Civil Veterinary Dept. Bombay admin report 1893-99 - 1893-1899
Year: 1893
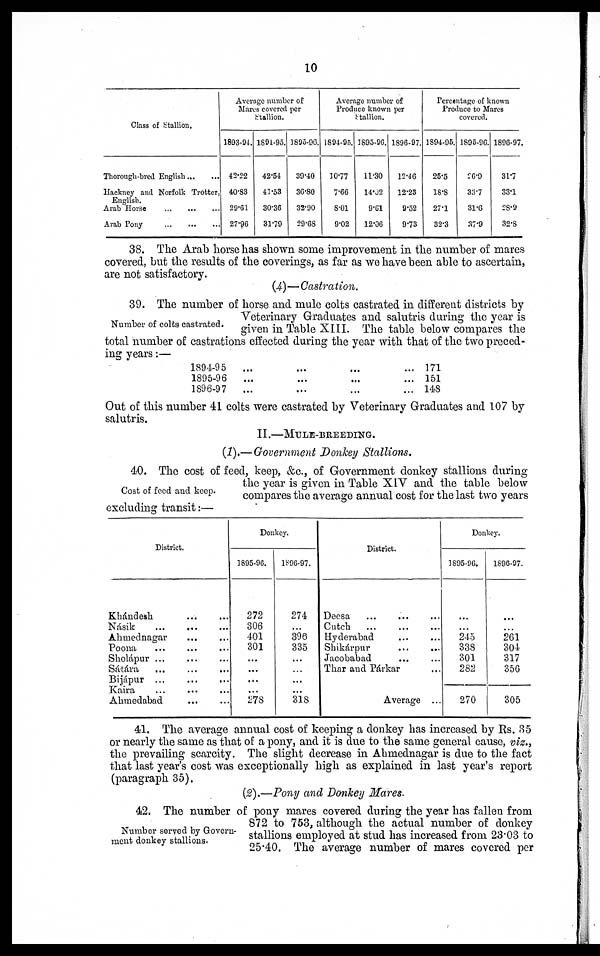
10
Class of Stallion.
Thorough-bred English... ...
Hackney and Norfolk Trotter,
English.
Arab Horse
...
...
...
Arab
Pony
...
...
...
Average number of
Mares covered per
Stallion.
1893-94.
42.22
40.83
29.61
27.96
1894-95.
42.54
41.53
30.36
31.79
1895.96.
39.40
36.80
32.90
29.68
Average number of
Produce known per
Stallion.
1894-95.
10.77
7.66
8.01
9.02
1895-96.
11.30
14.02
9.61
12.06
1896-97.
12.46
12.23
9.52
9.73
Percentage of known
Produce to Mares
covered.
1894-95.
25.5
18.8
27.1
32.3
1895-96.
26.9
33.7
31.6
37.9
1896-97.
31.7
33.1
28.9
32.8
38. The Arab horse has shown some improvement in the number of mares
covered, but the results of the coverings, as far as we have been able to ascertain,
are not satisfactory.
(4)—Castration.
Number of colts castrated.
39. The number of horse and mule colts castrated in different districts by
Veterinary Graduates and salutris during the year is
given in Table XIII. The table below compares the
total number of castrations effected during the year with that of the two preced-
ing years:—
1894-95
1895-96
1896-97
...
...
...
...
...
...
...
...
...
...
...
...
171
151
148
Out of this number 41 colts were castrated by Veterinary Graduates and 107 by
salutris.
II.—MULE-BREEDING.
(1).—Government Donkey Stallions.
Cost of feed and keep.
40. The cost of feed, keep, &c., of Government donkey stallions during
the year is given in Table XIV and the table below
compares the average annual cost for the last two years
excluding transit:—
District.
Khándesh ... ...
Násik
...
...
...
Ahmednagar ... ...
Poona ... ... ...
Sholápur ... ... ...
Sátára
...
...
...
Bijápur ... ... ...
Kaira ... ... ...
Ahmedabad ... ...
Donkey.
1895-96.
272
306
401
301
...
...
...
...
278
1896-97.
274
...
396
335
...
...
...
...
318
District.
Deesa ... ... ...
Cutch
...
...
...
Hyderabad ... ...
Shikárpur ... ...
Jacobabad ... ...
Thar and Párkar ...
Average ...
Donkey.
1895-96.
...
...
245
338
301
282
270
1896-97.
...
...
261
304
317
356
305
41. The average annual cost of keeping a donkey has increased by Rs. 35
or nearly the same as that of a pony, and it is due to the same general cause, viz.,
the prevailing scarcity. The slight decrease in Ahmednagar is due to the fact
that last year's cost was exceptionally high as explained in last year's report
(paragraph 35).
(2).—Pony and Donkey Mares.
Number served by Govern-
ment donkey stallions.
42. The number of pony mares covered during the year has fallen from
872 to 753, although the actual number of donkey
stallions employed at stud has increased from 23.03 to
25.40. The average number of mares covered per